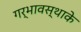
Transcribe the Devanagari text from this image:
गर्भावस्थाके